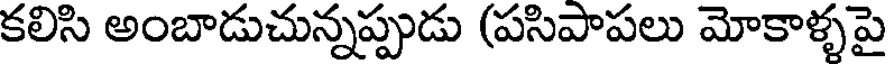
కలిసి అంబాడుచున్నప్పుడు (పసిపాపలు మోకాళ్ళపై